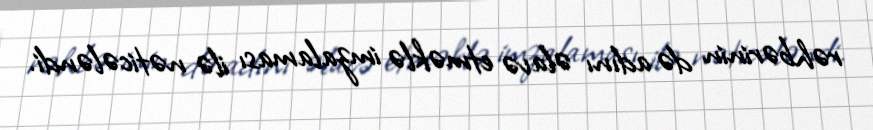
rəhbərinin də adını əlavə etməklə imzalaması ilə nəticələndi.